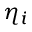
\eta _ { i }